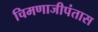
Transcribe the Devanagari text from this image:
चिमणाजीपंतास